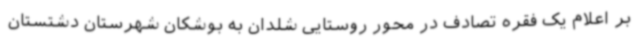
بر اعلام یک فقره تصادف در محور روستایی شلدان به بوشکان شهرستان دشتستان